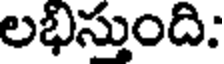
లభిస్తుంది: